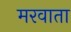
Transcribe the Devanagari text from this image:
मरवाता